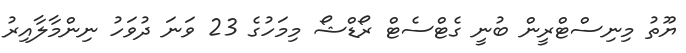
ޔޫތު މިނިސްޓްރީން ބުނީ ގެޓްސެޓް ރޯޑްޝޯ މިމަހުގެ 23 ވަނަ ދުވަހު ނިންމާލާއިރު